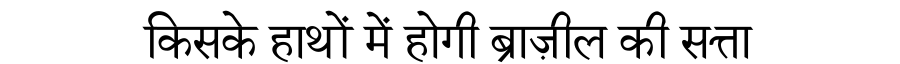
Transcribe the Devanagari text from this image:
किसके हाथों में होगी ब्राज़ील की सत्ता